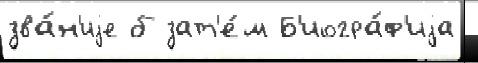
зва́н'иjе б зат'е́м Б'иогра́ф'иjа